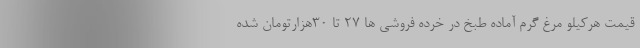
قیمت هرکیلو مرغ گرم آماده طبخ در خرده فروشی ها ۲۷ تا ۳۰هزارتومان شده